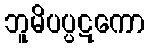
ဘူမိပပ္ပဋကော